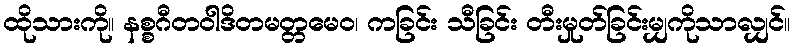
ထိုသားကို။ နစ္စဂီတဝါဒိတမတ္တမေဝ၊ ကခြင်း သီခြင်း တီးမှုတ်ခြင်းမျှကိုသာလျှင်။